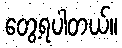
တွေ့ရပါတယ်။